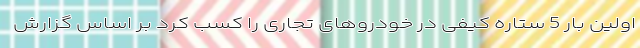
اولین بار 5 ستاره کیفی در خودروهای تجاری را کسب کرد بر اساس گزارش